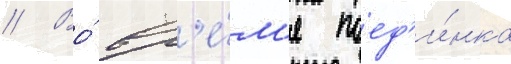
// Во́ вр'е́м'я поед'и́нка